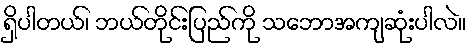
ရှိပါတယ်၊ ဘယ်တိုင်းပြည်ကို သဘောအကျဆုံးပါလဲ။